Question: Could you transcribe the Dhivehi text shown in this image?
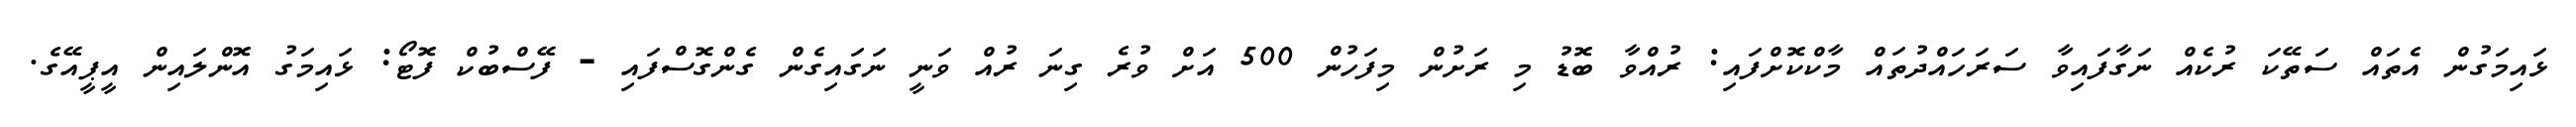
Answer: ޅައިމަގުން އެތައް ސަތޭކަ ރުކެއް ނަގާފައިވާ ސަރަހައްދުތައް މާކްކޮށްފައި: ރުއްވާ ބޮޑު މި ރަށުން މިފަހުން 500 އަށް ވުރެ ގިނަ ރުއް ވަނީ ނަގައިގެން ގެންގޮސްފައި - ފޭސްބުކް ފޮޓޯ: ޅައިމަގު އޮންލައިން އީޕީއޭގެ.